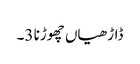
ڈاڑھیاں چھوڑنا 3۔